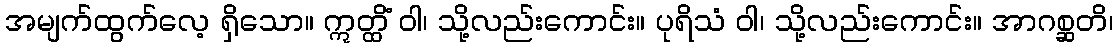
အမျက်ထွက်လေ့ ရှိသော။ ဣတ္ထိံ ဝါ၊ သို့လည်းကောင်း။ ပုရိသံ ဝါ၊ သို့လည်းကောင်း။ အာဂစ္ဆတိ၊